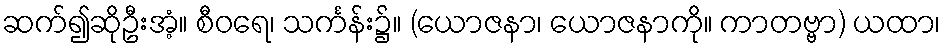
ဆက်၍ဆိုဦးအံ့။ စီဝရေ၊ သင်္ကန်း၌။ (ယောဇနာ၊ ယောဇနာကို။ ကာတဗ္ဗာ) ယထာ၊